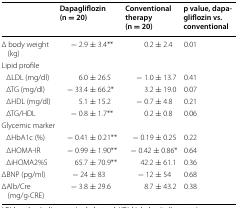
<table><thead><tr><td></td><td><b>Dapagliflozin (n = 20)</b></td><td><b>Conventional therapy (n = 20)</b></td><td><b>p value, dapagliflozin vs. conventional</b></td></tr></thead><tbody><tr><td>Δ body weight (kg)</td><td>− 2.9 ± 3.4**</td><td>0.2 ± 2.4</td><td>0.01</td></tr><tr><td colspan="4">Lipid profile</td></tr><tr><td> ΔLDL (mg/dl)</td><td>6.0 ± 26.5</td><td>− 1.0 ± 13.7</td><td>0.41</td></tr><tr><td> ΔTG (mg/dl)</td><td>− 33.4 ± 66.2*</td><td>3.2 ± 19.0</td><td>0.07</td></tr><tr><td> ΔHDL (mg/dl)</td><td>5.1 ± 15.2</td><td>− 0.7 ± 4.8</td><td>0.21</td></tr><tr><td> ΔTG/HDL</td><td>− 0.8 ± 1.7**</td><td>0.2 ± 0.8</td><td>0.06</td></tr><tr><td colspan="4">Glycemic marker</td></tr><tr><td> ΔHbA1c (%)</td><td>− 0.41 ± 0.21**</td><td>− 0.19 ± 0.25</td><td>0.22</td></tr><tr><td> ΔHOMA-IR</td><td>− 0.99 ± 1.90**</td><td>− 0.42 ± 0.86*</td><td>0.64</td></tr><tr><td> ΔiHOMA2%S</td><td>65.7 ± 70.9**</td><td>42.2 ± 61.1</td><td>0.36</td></tr><tr><td>ΔBNP (pg/ml)</td><td>− 24 ± 83</td><td>− 12 ± 54</td><td>0.68</td></tr><tr><td>ΔAlb/Cre (mg/g·CRE)</td><td>− 3.8 ± 29.6</td><td>8.7 ± 43.2</td><td>0.38</td></tr></tbody></table>